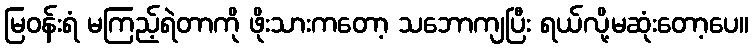
မြဝန်းရံ မကြည့်ရဲတာကို ဖိုးသားကတော့ သဘောကျပြီး ရယ်လို့မဆုံးတော့ပေ။